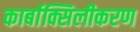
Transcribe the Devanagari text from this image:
कार्बाक्सिलीकरण